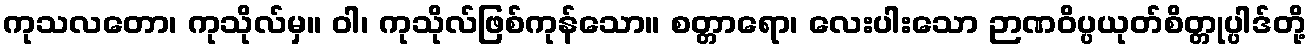
ကုသလတော၊ ကုသိုလ်မှ။ ဝါ၊ ကုသိုလ်ဖြစ်ကုန်သော။ စတ္တာရော၊ လေးပါးသော ဉာဏဝိပ္ပယုတ်စိတ္တုပ္ပါဒ်တို့